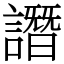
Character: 譖